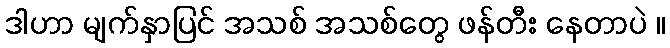
ဒါဟာ မျက်နှာပြင် အသစ် အသစ်တွေ ဖန်တီး နေတာပဲ ။